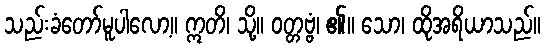
သည်းခံတော်မူပါလော့။ ဣတိ၊ သို့။ ဝတ္တဗ္ဗံ၊ ၏။ သော၊ ထိုအရိယာသည်။